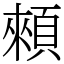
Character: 顂